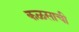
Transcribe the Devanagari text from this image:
कळसाची